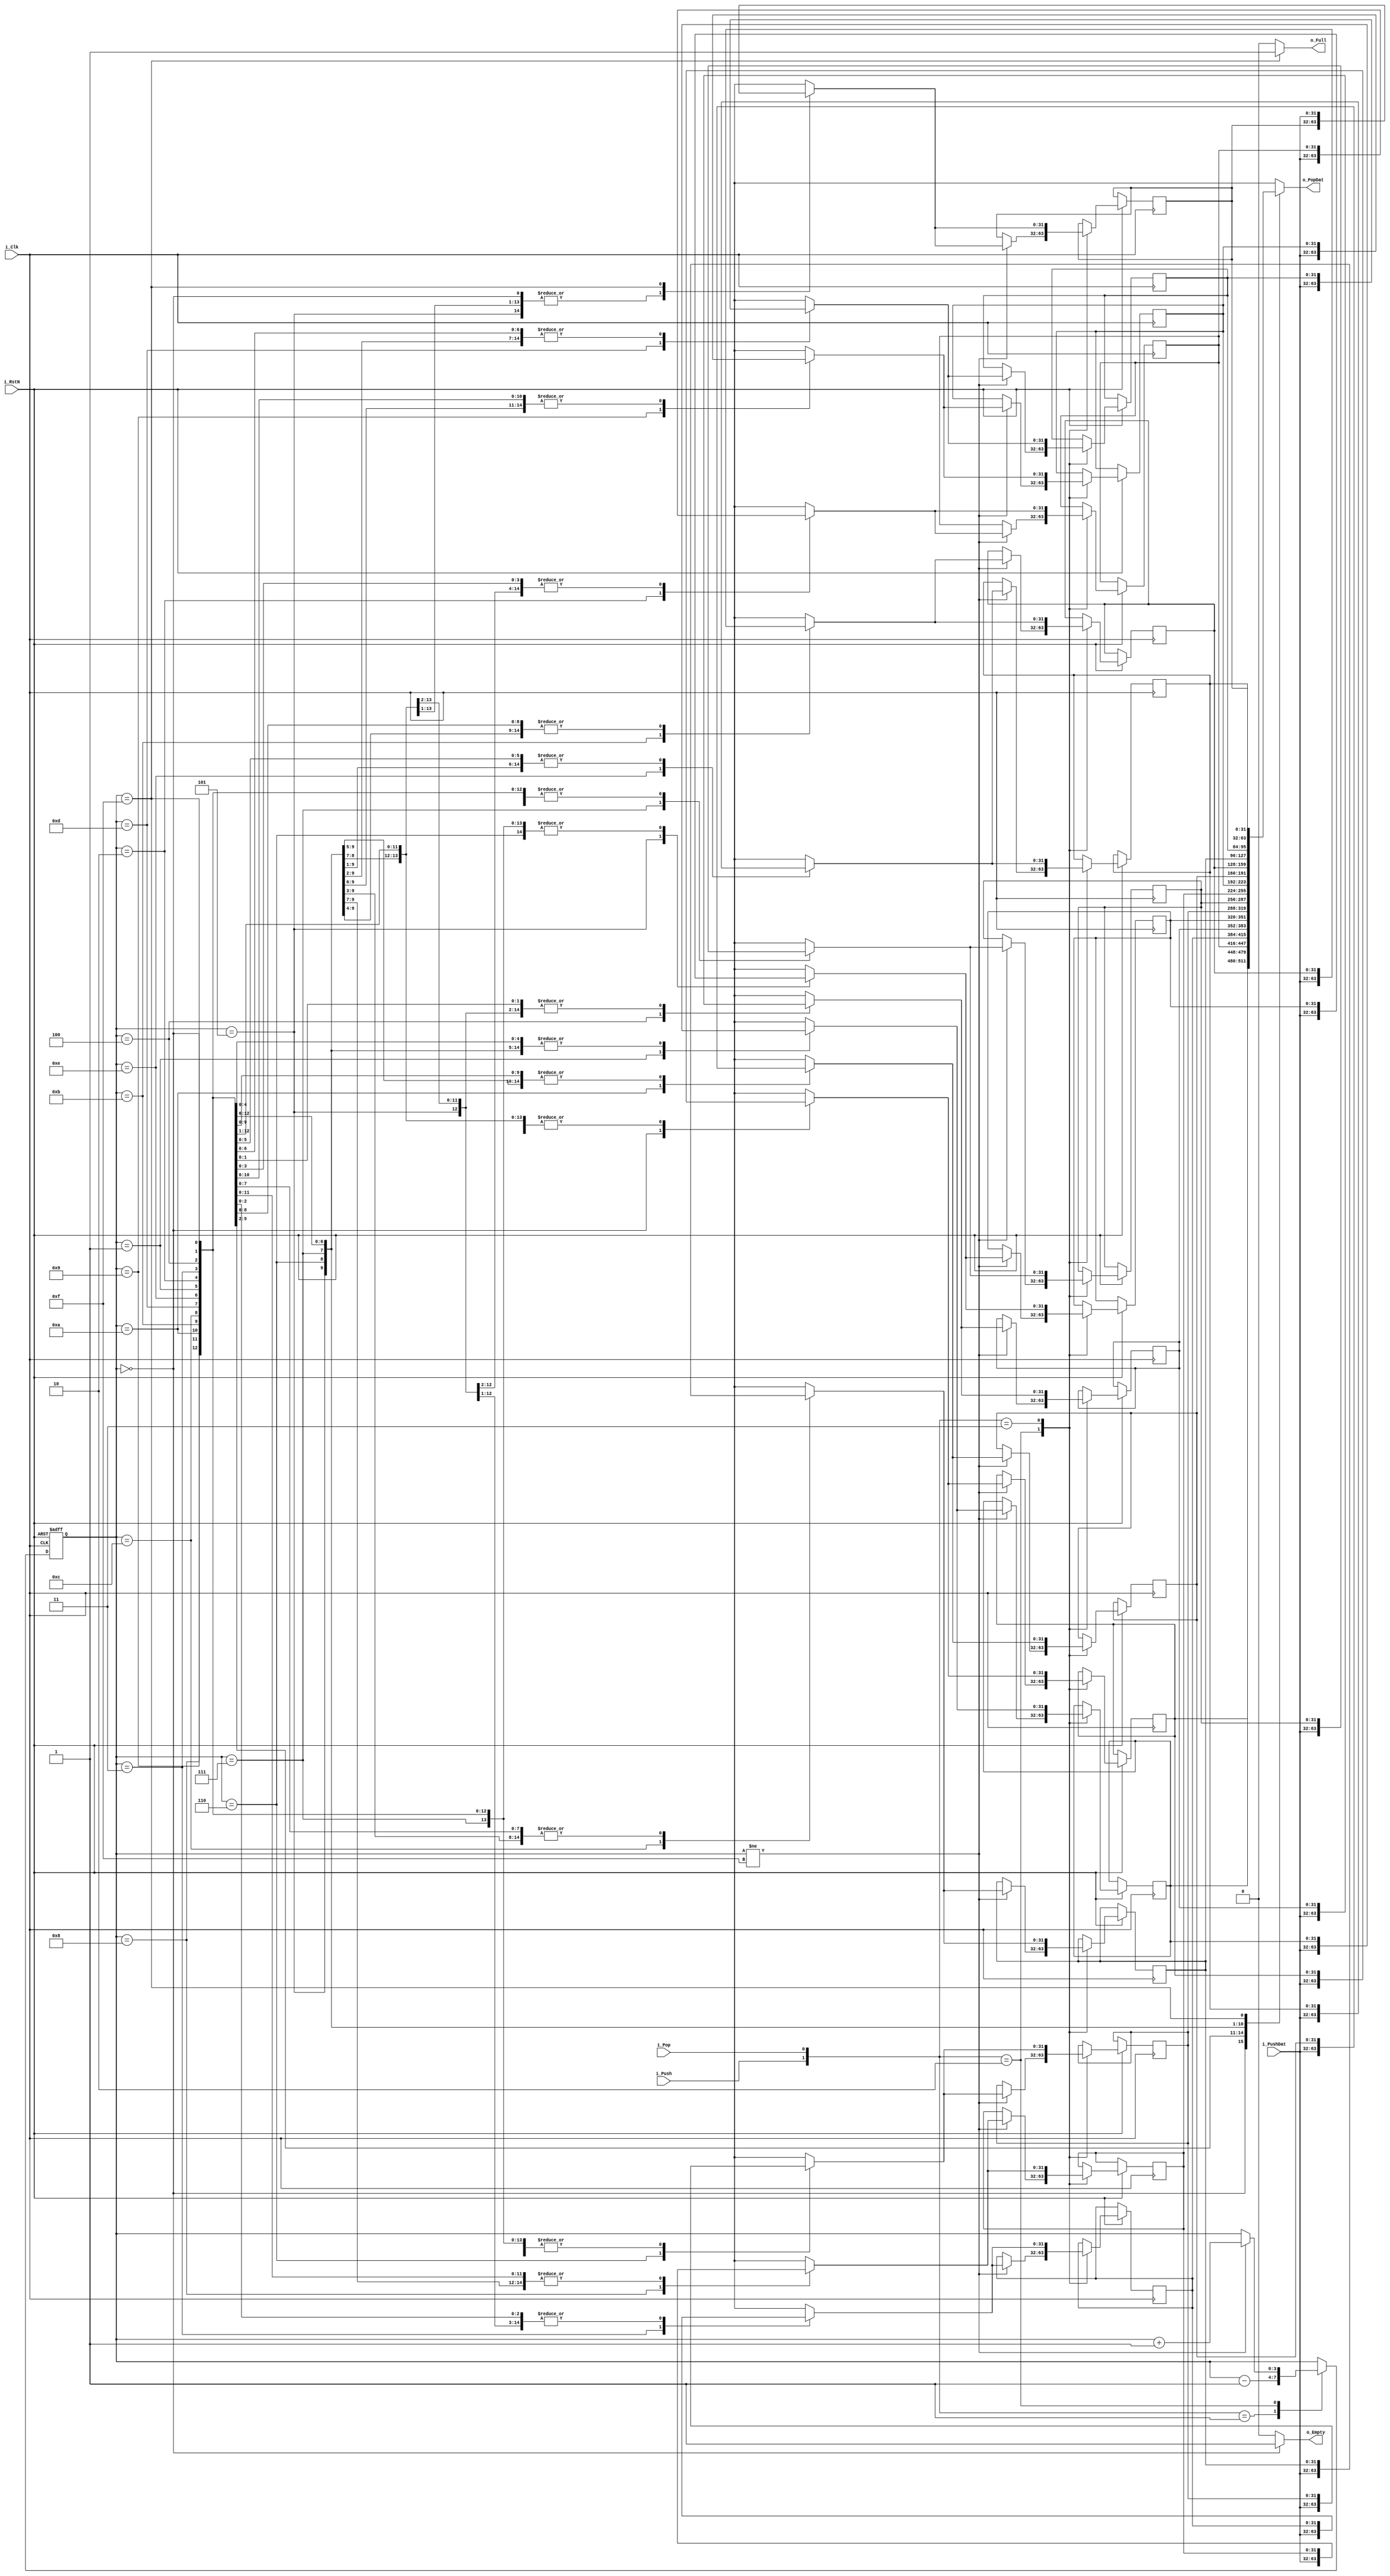
module stack(
	i_Clk,
	i_RstN,
	i_Push,
	i_Pop,
	i_PushDat,
	o_PopDat,
	o_Empty,
	o_Full
);

	parameter WIDTH    = 32; // width of each stack item
	parameter ST_DEPTH = 16; // depth of the stack
	parameter PT_WIDTH = 4;

	input i_Clk;
	input i_RstN;

	// valid signals
	input i_Push;
	input i_Pop;

	// item signals
	input  [WIDTH - 1 : 0] i_PushDat;
	output [WIDTH - 1 : 0] o_PopDat;
	output o_Empty;
	output o_Full;


	/* internal regs & wires */
	reg [WIDTH - 1 : 0] r_stack [ST_DEPTH - 1 : 0];
	reg [PT_WIDTH - 1 : 0] r_Ptr;
	// reg [WIDTH - 1 : 0] r_Dat;
	/*************************/


	/* combination logic */
	assign o_PopDat = r_stack[r_Ptr];
	assign o_Empty  = (r_Ptr == {PT_WIDTH{1'b0}}) ? 1'b1 : 1'b0;
	assign o_Full   = (r_Ptr == {PT_WIDTH{1'b1}}) ? 1'b1 : 1'b0;
	/*********************/

	/* main block and item process unit */
	// three situations will be occurred:
	// -- 1. Pop only
	// -- 2. Push only
	// -- 3. Pop and Push both
	always @(posedge i_Clk or negedge i_RstN) begin // {
		if (!i_RstN) begin // {
			r_Ptr <= {PT_WIDTH{1'b0}};
			r_Dat <= {WIDTH{1'b0}};
		// }
		end else begin // {
			// use FSM to do the following actions
			case ({i_Push,i_Pop}) // {
				2'b01: begin // {
					// pop valid
					r_Ptr <= r_Ptr - 1'b1;
				end // }
				2'b10: begin // {
					// push valid
					if (r_Ptr != {PT_WIDTH{1'b1}}) begin // {
						// only when stack not full, can this be written
						r_Ptr <= r_Ptr + 1'b1;
						r_stack[r_Ptr] = i_PushDat;
					end // }
				end // }
				2'b11: begin // {
					// push and pop both valid
					// if this occurred, pop first and then do push
					// ptr will not change, override the stack of current ptr instead.
					r_stack[r_Ptr] = i_PushDat;
				end // }
				default: begin // {
					// do nothing, only to keeping value
					r_Ptr <= r_Ptr;
					r_Dat <= r_Dat;
				end // }
			endcase // }
		end // }
	end // }

endmodule